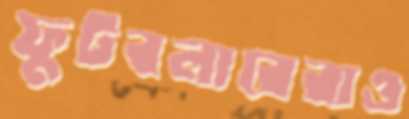
ফুটবলারেরাও